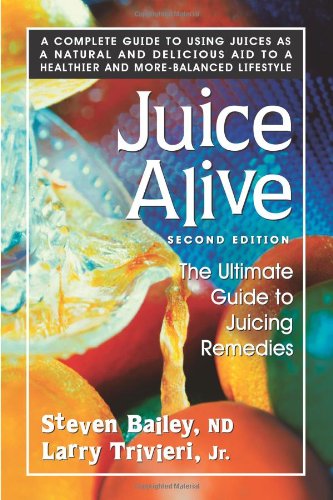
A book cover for Juice Alive, Second Edition: The Ultimate Guide to Juicing Remedies; Steven Bailey; Cookbooks, Food & Wine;